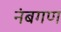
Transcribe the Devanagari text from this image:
नंबगण